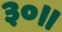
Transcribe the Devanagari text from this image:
३०॥